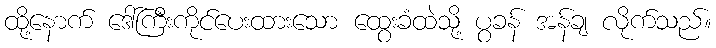
ထို့နောက် ဒေါ်ကြီးကိုင်ပေးထားသော ထွေးခံထဲသို့ ပွခန် အန်ချ လိုက်သည်။